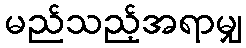
မည်သည့်အရာမျှ